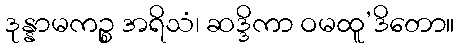
ဒုန္နာမကဉ္စ အရိသံ၊ ဆဒ္ဒိကာ ဝမထူ’ဒိတော။